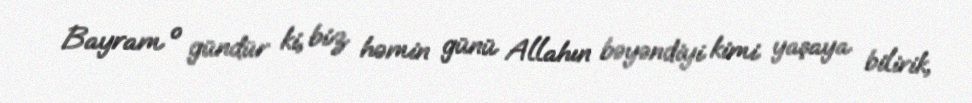
Bayram o gündür ki, biz həmin günü Allahın bəyəndiyi kimi yaşaya bilirik,